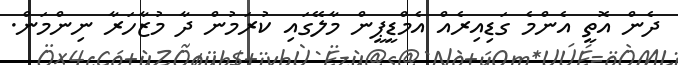
ދެން އޮތީ އެންމެ ގަޑިއިރެއް އެމްޑީޕީން މާލޭގައި ކުރަމުން ދާ މުޒާހަރާ ނިންމަން.